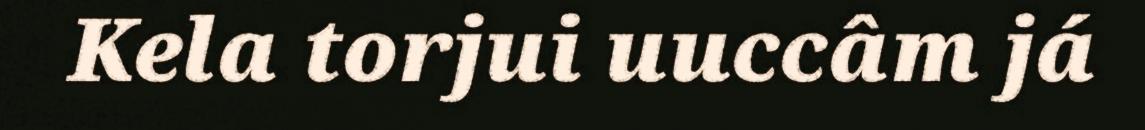
Kela torjui uuccâm já